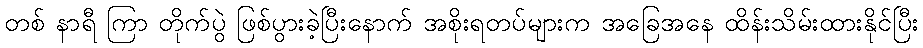
တစ် နာရီ ကြာ တိုက်ပွဲ ဖြစ်ပွားခဲ့ပြီးနောက် အစိုးရတပ်များက အခြေအနေ ထိန်းသိမ်းထားနိုင်ပြီး